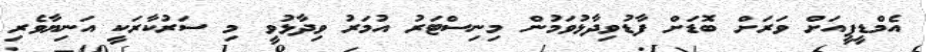
އެމްޑީޕީއަށް ވަރަށް ބޮޑަށް ފާޑުވިދާޅުވަމުން މިނިސްޓަރު އުމަރު ވިދާޅުވީ މި ސަރުކާރަކީ އަނިޔާވެރި